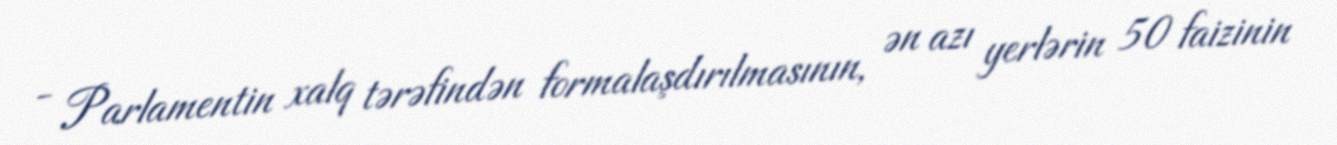
- Parlamentin xalq tərəfindən formalaşdırılmasının, ən azı yerlərin 50 faizinin